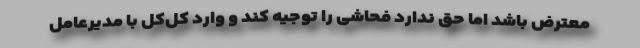
معترض باشد اما حق ندارد فحاشی را توجیه کند و وارد کل‌کل با مدیرعامل